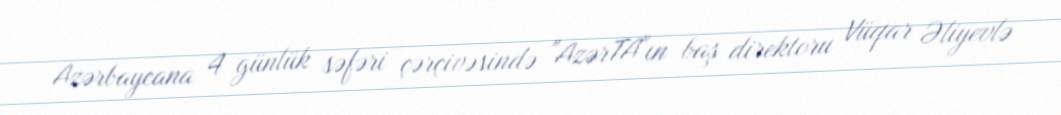
Azərbaycana 4 günlük səfəri çərçivəsində "AzərTA"ın baş direktoru Vüqar Əliyevlə